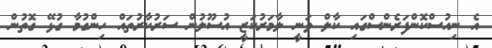
އެ ނިއުސްކޮންފަރެންސްގައި ކާލް ވަނީ ލާމަރުކަޒީ އުސޫލުން ސަރުކާރުތައް ހިންގުމާ ގުޅޭ ގޮތުން